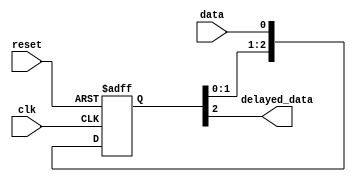
module delay_line(
    input wire clk,
    input wire reset,
    input wire data,
    output reg delayed_data
);

reg [2:0] dff_chain;

always @ (posedge clk or posedge reset) begin
    if (reset) begin
        dff_chain <= 3'b0;
    end else begin
        dff_chain <= {dff_chain[1:0], data};
    end
end

assign delayed_data = dff_chain[2];

endmodule